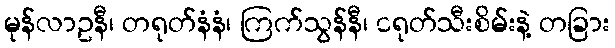
မုန်လာဥနီ၊ တရုတ်နံနံ၊ ကြက်သွန်နီ၊ ငရုတ်သီးစိမ်းနဲ့ တခြား